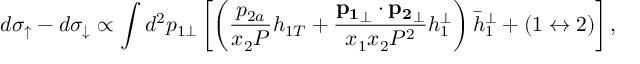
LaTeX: d \sigma _ { \uparrow } - d \sigma _ { \downarrow } \propto \int d ^ { 2 } p _ { 1 \perp } \left[ \left( \frac { p _ { 2 a } } { x _ { 2 } { \cal P } } h _ { 1 T } + \frac { { \bf p _ { 1 } } _ { \perp } \cdot { \bf p _ { 2 } } _ { \perp } } { x _ { 1 } x _ { 2 } { \cal P } ^ { 2 } } h _ { 1 } ^ { \perp } \right) { \bar { h } } _ { 1 } ^ { \perp } + ( 1 \leftrightarrow 2 ) \right] ,